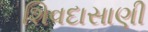
શિવદાસાણી